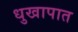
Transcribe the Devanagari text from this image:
धुखापात